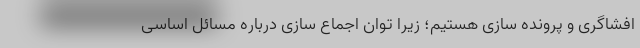
افشاگری و پرونده سازی هستیم؛ زیرا توان اجماع سازی درباره مسائل اساسی